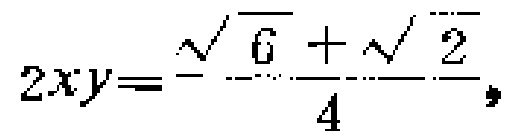
$2xy = -\frac{\sqrt{6}+\sqrt{2}}{4},$